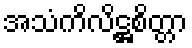
အသံကိလိဋ္ဌစိတ္တာ